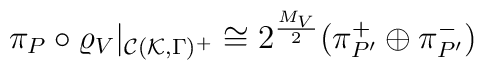
\pi_P\circ\varrho_V|_{{\cal C}({\cal K},\Gamma)^+}\cong 2^\frac{M_V}{2}(\pi_{P'}^+\oplus\pi_{P'}^-)